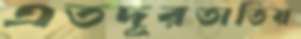
এতদূরতাতিয়